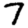
Digit: 7